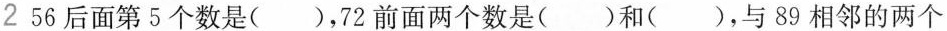
2 56后面第5个数是()，72前面两个数是()和()，与89相邻的两个